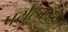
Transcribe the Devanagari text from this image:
पर्यटकस्थल